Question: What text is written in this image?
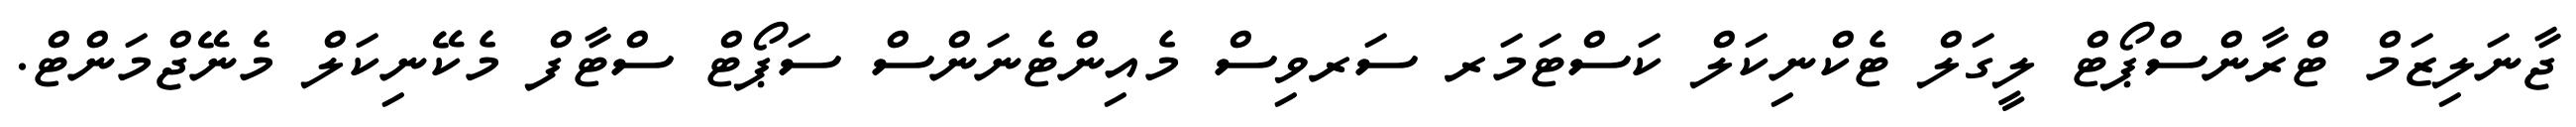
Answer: ޖާނަލިޒަމް ޓްރާންސްޕޯޓް ލީގަލް ޓެކްނިކަލް ކަސްޓަމަރ ސަރވިސް މެއިންޓެނަންސް ސަޕޯޓް ސްޓާފް މެކޭނިކަލް މެނޭޖްމަންޓް.